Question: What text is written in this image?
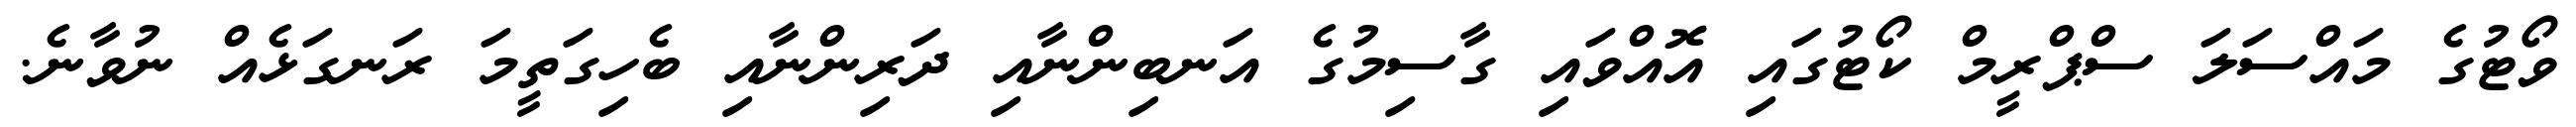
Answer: ވޯޓުގެ މައްސަލަ ސްޕްރީމް ކޯޓުގައި އޮއްވައި ގާސިމުގެ އަނބިންނާއި ދަރިންނާއި ބެހިގަތީމަ ރަނގަޅެއް ނުވާނެ.